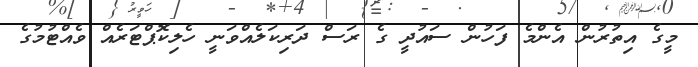
މީގެ އިތުރުން އެންމެ ފަހުން ސައުދީ ގެ ރަސް ދަރިކަލެއްވަނީ ހެލިކޮޕްޓަރެއް ވެއްޓުމުގެ